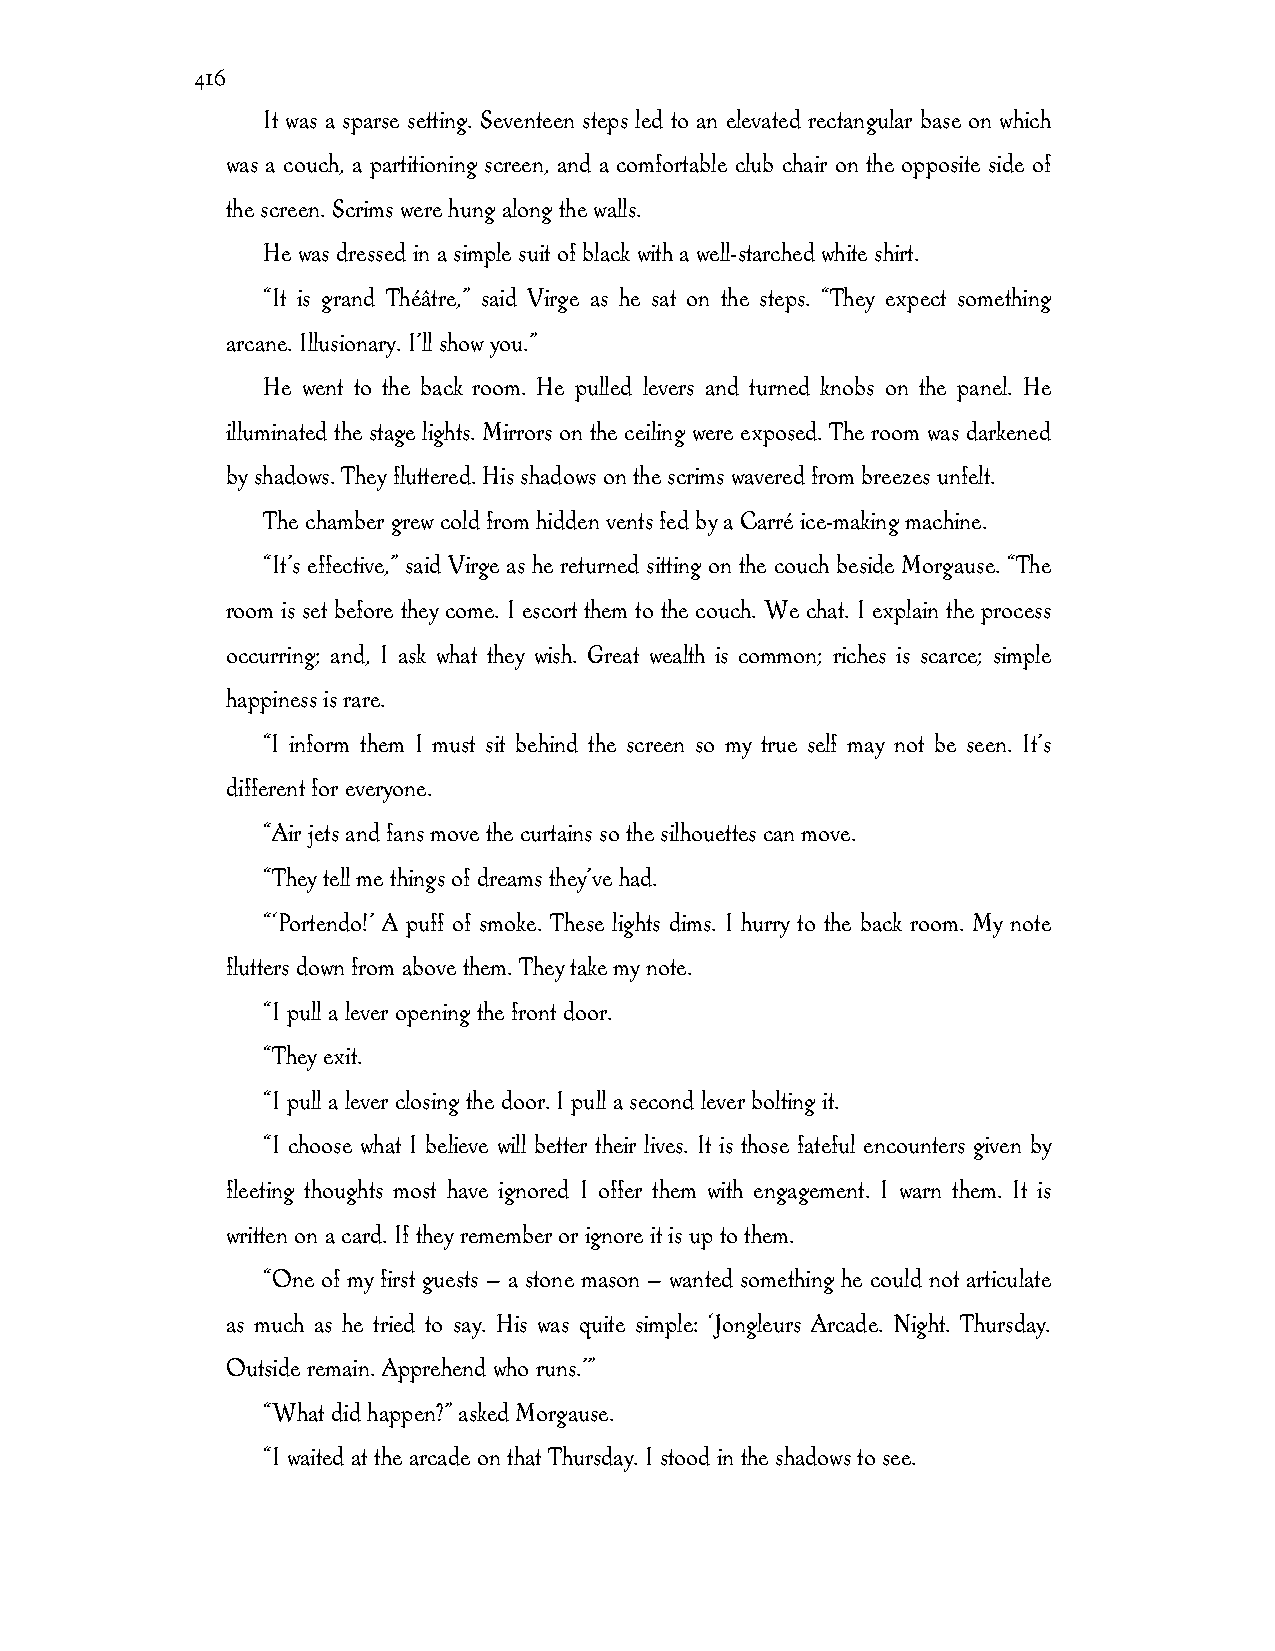
416
 It was a sparse setting. Seventeen steps led to an elevated rectangular base on which
 was a couch, a partitioning screen, and a comfortable club chair on the opposite side of
 the screen. Scrims were hung along the walls.
 He was dressed in a simple suit of black with a well-starched white shirt.
 “It is grand Théâtre,” said Virge as he sat on the steps. “They expect something
 arcane. Illusionary. I’ll show you.”
 He went to the back room. He pulled levers and turned knobs on the panel. He
 illuminated the stage lights. Mirrors on the ceiling were exposed. The room was darkened
 by shadows. They fluttered. His shadows on the scrims wavered from breezes unfelt.
 The chamber grew cold from hidden vents fed by a Carré ice-making machine.
 “It’s effective,” said Virge as he returned sitting on the couch beside Morgause. “The
 room is set before they come. I escort them to the couch. We chat. I explain the process
 occurring; and, I ask what they wish. Great wealth is common; riches is scarce; simple
 happiness is rare.
 “I inform them I must sit behind the screen so my true self may not be seen. It’s
 different for everyone.
 “Air jets and fans move the curtains so the silhouettes can move.
 “They tell me things of dreams they’ve had.
 “‘Portendo!’ A puff of smoke. These lights dims. I hurry to the back room. My note
 flutters down from above them. They take my note.
 “I pull a lever opening the front door.
 “They exit.
 “I pull a lever closing the door. I pull a second lever bolting it.
 “I choose what I believe will better their lives. It is those fateful encounters given by
 fleeting thoughts most have ignored I offer them with engagement. I warn them. It is
 written on a card. If they remember or ignore it is up to them.
 “One of my first guests — a stone mason — wanted something he could not articulate
 as much as he tried to say. His was quite simple: ‘Jongleurs Arcade. Night. Thursday.
 Outside remain. Apprehend who runs.’”
 “What did happen?” asked Morgause.
 “I waited at the arcade on that Thursday. I stood in the shadows to see.